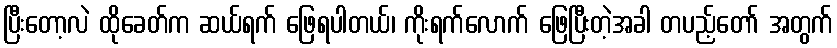
ပြီးတော့လဲ ထိုခေတ်က ဆယ်ရက် ဖြေရပါတယ်၊ ကိုးရက်လောက် ဖြေပြီးတဲ့အခါ တပည့်တော် အတွက်